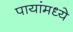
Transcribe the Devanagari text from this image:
पायांमध्ये